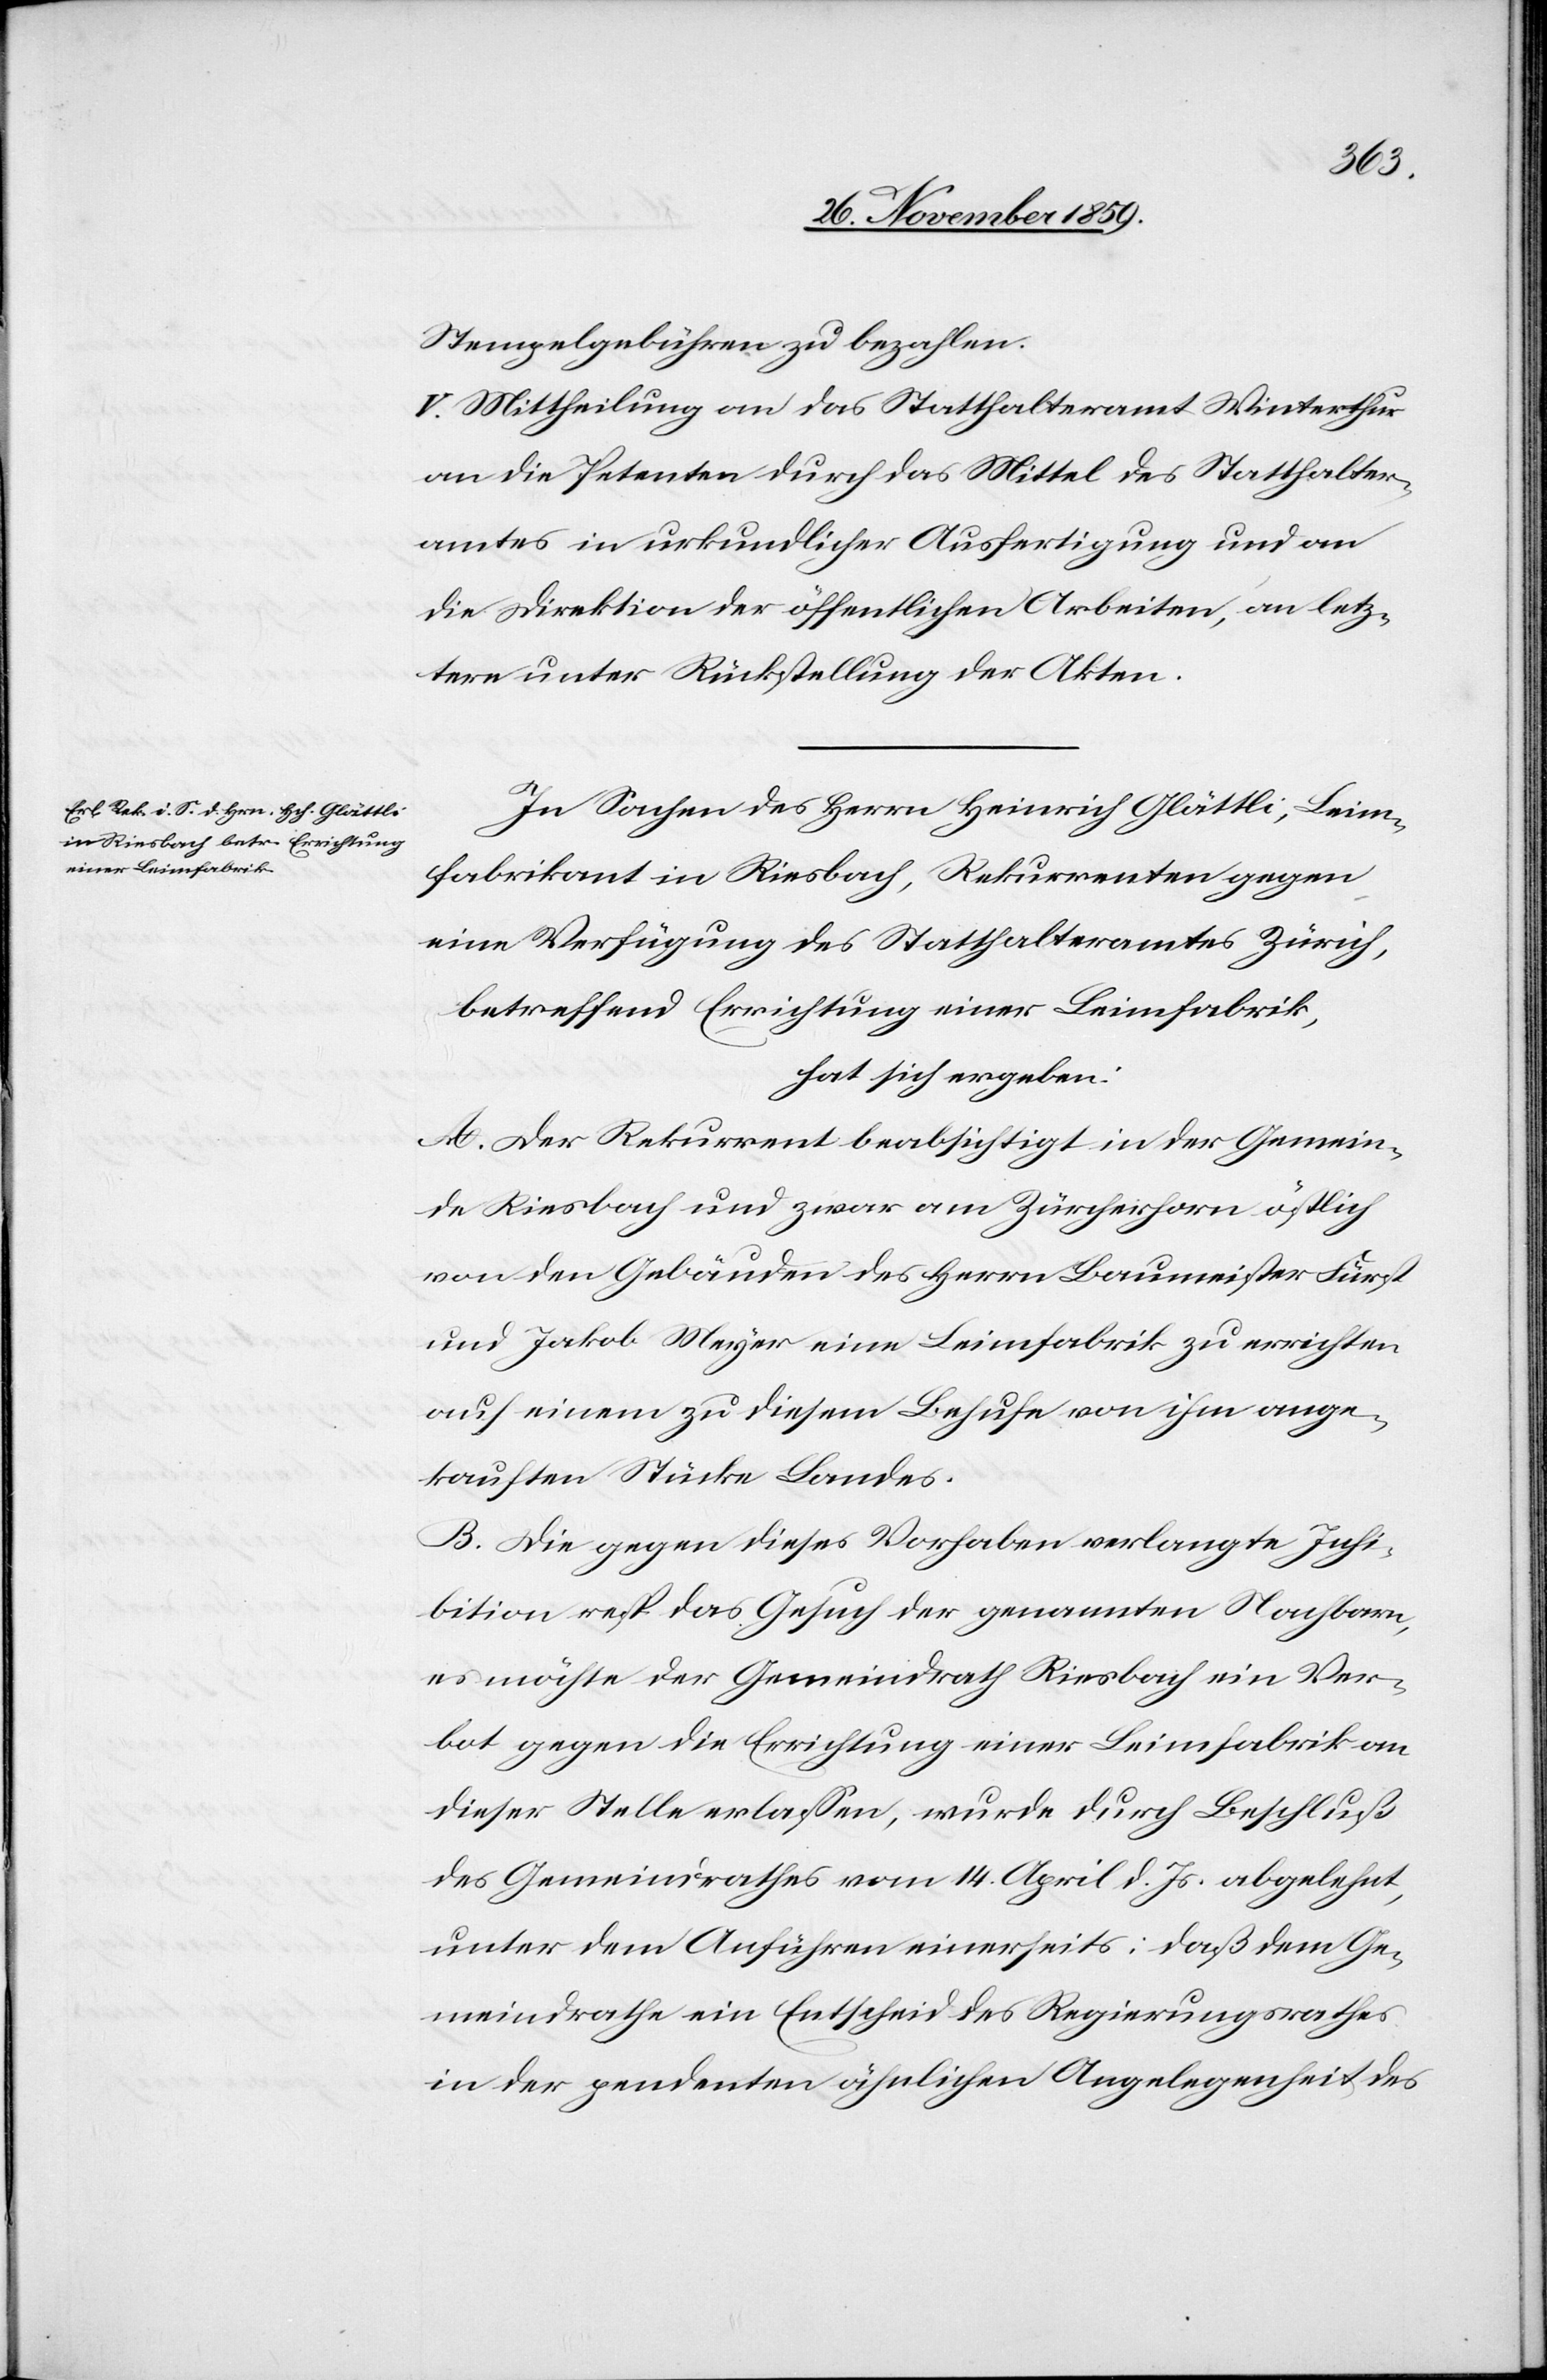
Stempelgebühren zu bezahlen.
V. Mittheilung an das Statthalteramt Winterthur
an die Petenten durch das Mittel des Statthalter¬
amtes in urkundlicher Ausfertigung und an
die Direktion des öffentlichen Arbeiten, an letz¬
tere unter Rücksendung der Akten.
In Sachen des Herrn Heinrich Glättli, Leim¬
fabrikant in Riesbach, Rekurrenten gegen
eine Verfügung des Statthalteramtes Zürich,
betreffend Errichtung einer Leimfabrik,
hat sich ergeben:
A. Der Rekurrent beabsichtigt in der Gemein¬
de Riesbach und zwar am Zürcherhorn östlich
von den Gebäuden des Herrn Bauminister Fürst
und Jakob Meyer eine Leimfabrik zu errichte
auf einem zu diesem Behufe von ihm ange¬
kauften Stücke Landes.
B. Die gegen dieses Vorhaben verlangte Inhi¬
bition resp. das Gesuch der genannten Nachbarn,
es möchte der Gemeindrath Riesbach ein Ver¬
bot gegen die Errichtung einer Leimfabrik an
dieser Stelle erlassen, wurde durch Beschluß
des Gemeindrathes vom 14. April d. Js. abgelehnt,
unter dem Anführen einerseits: daß dem Ge¬
meindrathe ein Entscheid des Regierungsrathes
in der pendenten ähnlichen Angelegenheit des